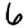
Digit: 6